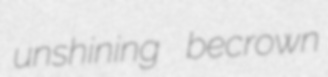
unshining becrown